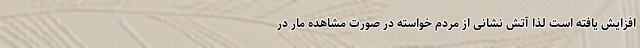
افزایش یافته است لذا آتش نشانی از مردم خواسته در صورت مشاهده مار در